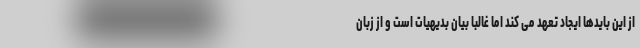
از این بایدها ایجاد تعهد می کند اما غالباً بیان بدیهیات است و از زبان